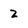
Character: 2